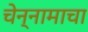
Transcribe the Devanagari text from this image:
चेन्नामाचा